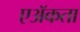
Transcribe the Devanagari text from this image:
एॲकता